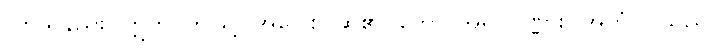
လာသနည်း။ ဣတိ၊ ဤသို့။ အဝေါစ၊ ဆို၏။ ဘော၊ အရှင်ပုဏ္ဏား။ အဟံ၊ ငါသည်။